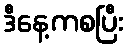
ဒီနေ့ကစပြီး